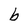
Character: b